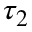
\tau _ { 2 }